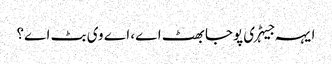
ایہہ جیہڑی پوجا بھٹ اے، اے وی بٹ اے؟